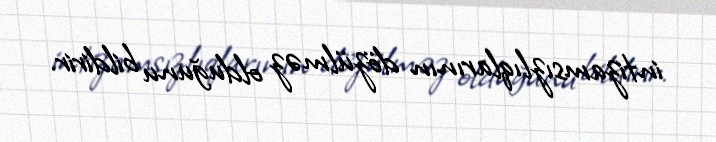
intizamsızlıqlarının dözülməz olduğunu bildirir.